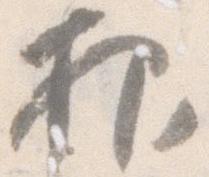
抑